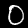
Label: 0